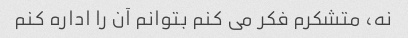
نه، متشکرم فکر می کنم بتوانم آن را اداره کنم